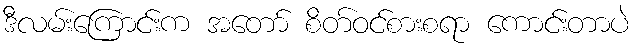
ဒီလမ်းကြောင်းက အတော် စိတ်ဝင်စားစရာ ကောင်းတာပဲ